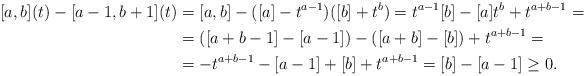
LaTeX: \begin{align*}[a,b](t)-[a-1,b+1](t) &= [a,b] - ([a]-t^{a-1})([b]+t^b) = t^{a-1}[b] - [a]t^b + t^{a+b-1} =\\&= ([a+b-1]-[a-1]) - ([a+b]-[b]) + t^{a+b-1} =\\&= -t^{a+b-1} - [a-1] + [b] + t^{a+b-1} = [b] - [a-1] \ge 0.\end{align*}